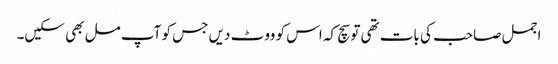
اجمل صاحب کی بات تھی تو سچ کہ اس کو ووٹ دیں جس کو آپ مل بھی سکیں۔